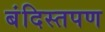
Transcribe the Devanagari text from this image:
बंदिस्तपण